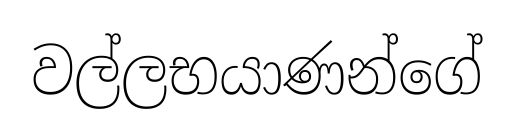
වල්ලභයාණන්ගේ